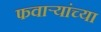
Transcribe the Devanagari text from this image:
फवार्‍यांच्या